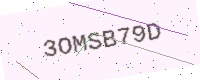
Text: 3OMSB79D